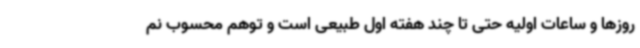
روزها و ساعات اولیه حتی تا چند هفته اول طبیعی است و توهم محسوب نم